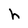
Character: h